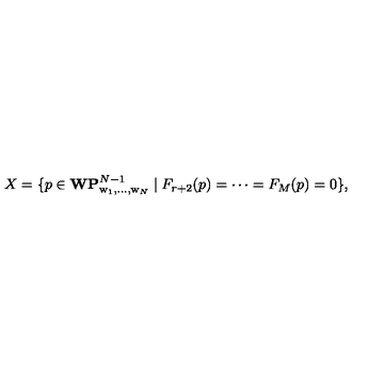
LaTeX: X = \{ p \in { \bf W P } _ { \mathrm { w } _ { 1 } , \ldots , \mathrm { w } _ { N } } ^ { N - 1 } \mid F _ { r + 2 } ( p ) = \cdots = F _ { M } ( p ) = 0 \} ,